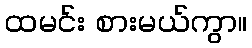
ထမင်း စားမယ်ကွာ။